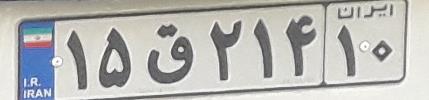
۱۵ق۲۱۴۱۰